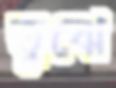
তুঝে